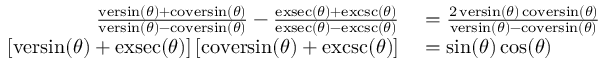
\begin{array} { r l } { { \frac { \operatorname { v e r s i n } ( \theta ) + \operatorname { c o v e r s i n } ( \theta ) } { \operatorname { v e r s i n } ( \theta ) - \operatorname { c o v e r s i n } ( \theta ) } } - { \frac { \operatorname { e x s e c } ( \theta ) + \operatorname { e x c s c } ( \theta ) } { \operatorname { e x s e c } ( \theta ) - \operatorname { e x c s c } ( \theta ) } } } & { { } = { \frac { 2 \operatorname { v e r s i n } ( \theta ) \operatorname { c o v e r s i n } ( \theta ) } { \operatorname { v e r s i n } ( \theta ) - \operatorname { c o v e r s i n } ( \theta ) } } } \\ { [ \operatorname { v e r s i n } ( \theta ) + \operatorname { e x s e c } ( \theta ) ] \, [ \operatorname { c o v e r s i n } ( \theta ) + \operatorname { e x c s c } ( \theta ) ] } & { { } = \sin ( \theta ) \cos ( \theta ) } \end{array}